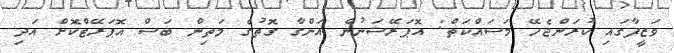
ވަޒީފާގައި ކުރަންޖެހޭ މަސައްކަތް: އޮޕަރޭޝަނުން އަންގާ ގޮތުގެ މަތިން ބަސް އޮޕަރޭޓްކޮށް އަދި